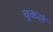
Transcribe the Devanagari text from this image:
चुकलं